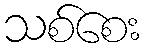
သစ်စေး